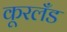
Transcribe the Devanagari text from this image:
कूरलँड